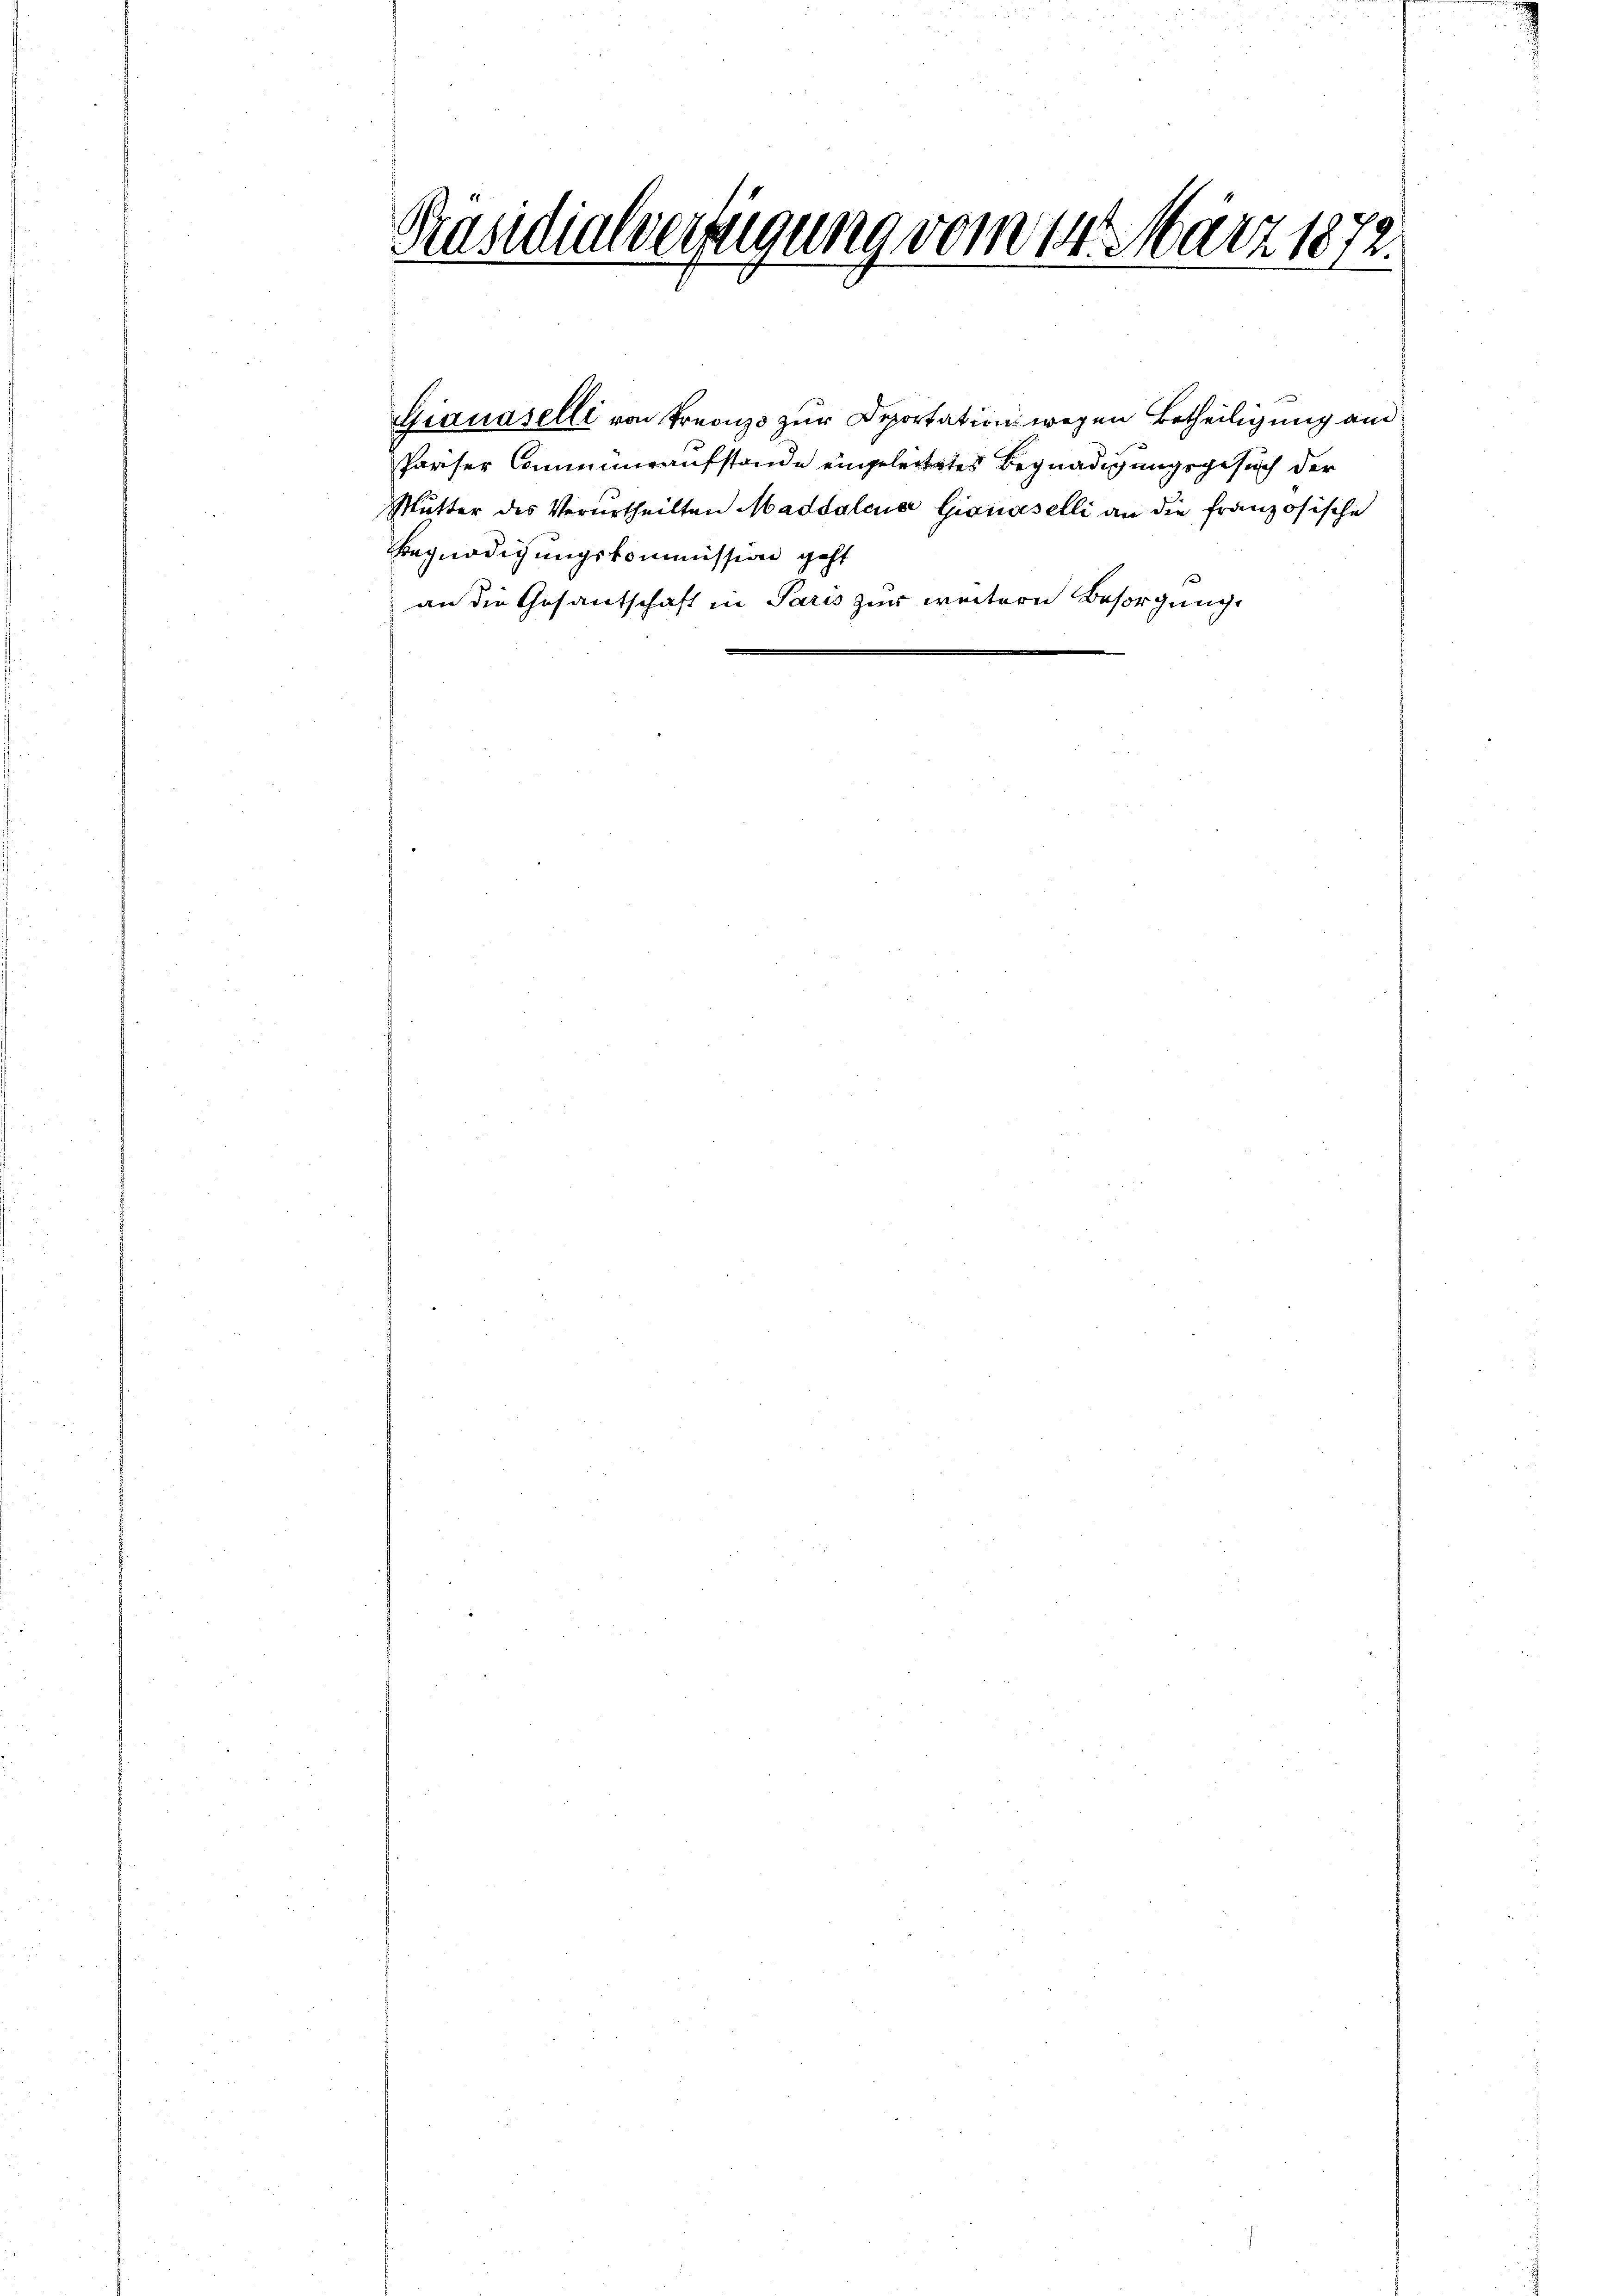
Präsidialverfügung vom 14. März 1872.

Gianaselli von Krons zur Deportation wegen Betheiligung an
Pariser Communaufstande eingeleitetes Begnadigungsgesuch der
Mutter des Verurtheilten Maddalena Gionaselli an die französische
Begnadigungskommission geht
an die Gesantschaft in Paris zur weitern Besorgungs